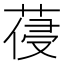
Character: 葠